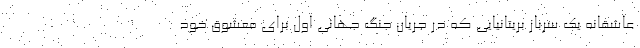
عاشقانه یک سرباز بریتانیایی که در جریان جنگ جهانی اول برای معشوق خود